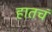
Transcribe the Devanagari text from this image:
हातचं